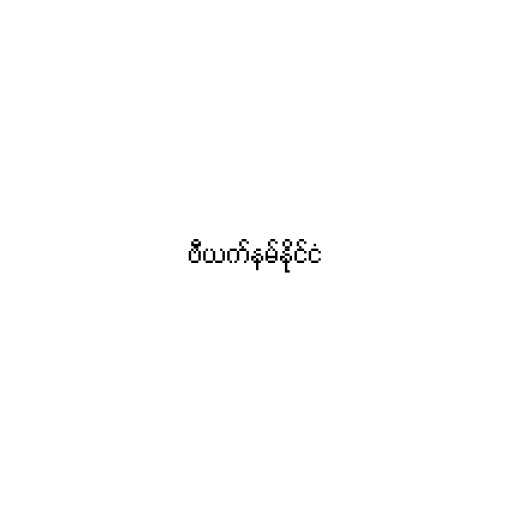
ဗီယက်နမ်နိုင်ငံ